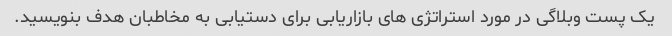
یک پست وبلاگی در مورد استراتژی های بازاریابی برای دستیابی به مخاطبان هدف بنویسید.